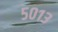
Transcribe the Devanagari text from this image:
५०१३